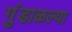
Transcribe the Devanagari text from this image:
गुंडाळल्या